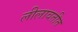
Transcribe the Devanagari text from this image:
लीलावतीत